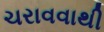
ચરાવવાથી